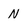
Character: N